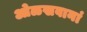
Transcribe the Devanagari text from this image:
ओळखवानां